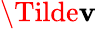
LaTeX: \mathbf{\Tilde{v}}